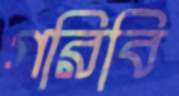
গরিবি